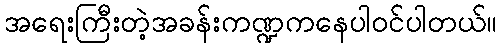
အရေးကြီးတဲ့အခန်းကဏ္ဍကနေပါဝင်ပါတယ်။